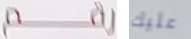
رقم عليك